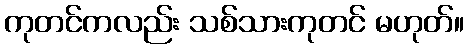
ကုတင်ကလည်း သစ်သားကုတင် မဟုတ်။